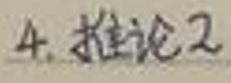
4. 推论2